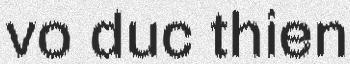
vo duc thien